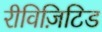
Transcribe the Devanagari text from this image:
रीविज़िटिड